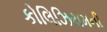
કોલિઝિયમની